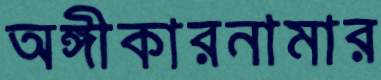
অঙ্গীকারনামার